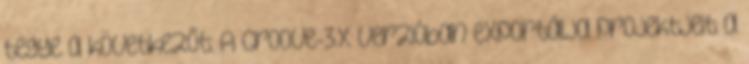
tegye a következőt: A Groove-3.x verzióban exportálja projektjeit a